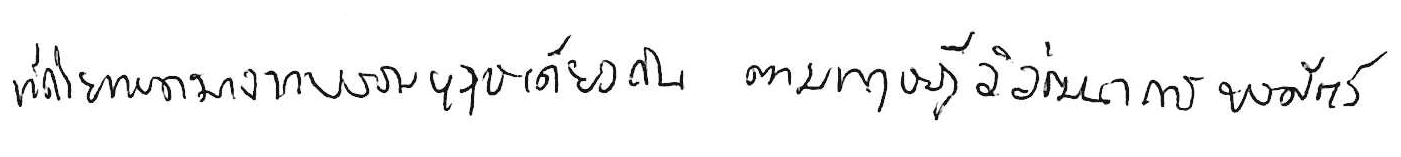
ที่ถ่ายทอดมาจากบรรพบุรุษเดียวกัน ตามทฤษฎีวิวัฒนาการของสัตว์